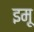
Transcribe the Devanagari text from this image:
इमू